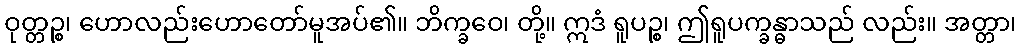
ဝုတ္တဉ္စ၊ ဟောလည်းဟောတော်မူအပ်၏။ ဘိက္ခဝေ၊ တို့။ ဣဒံ ရူပဉ္စ၊ ဤရူပက္ခန္ဓာသည် လည်း။ အတ္တာ၊